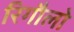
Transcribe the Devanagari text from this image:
रिगौलो